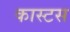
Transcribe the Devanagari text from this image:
कास्टस